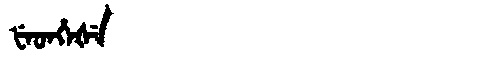
Manchu: ᡶᡝᡨᡥᡝᡧᡝ
Romanization: FETHEŠE